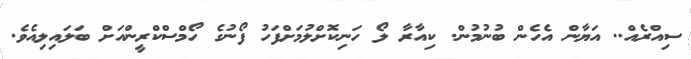
ސިއްރެއް.. އަޔާން އެހެން ބުނުމުން. ކިއާރާ ލޯ ހަނިކޮށްލުމަށްފަހު ފޯނުގެ ހޯމްސްކްރީންއަށް ބަލައިލިއެވެ.